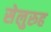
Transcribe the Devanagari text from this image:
सेलुरुह